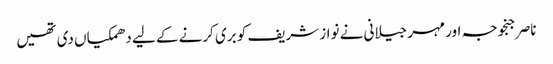
ناصر جنجوجہ اور مہر جیلانی نے نواز شریف کو بری کرنے کے لیے دھمکیاں دی تھیں